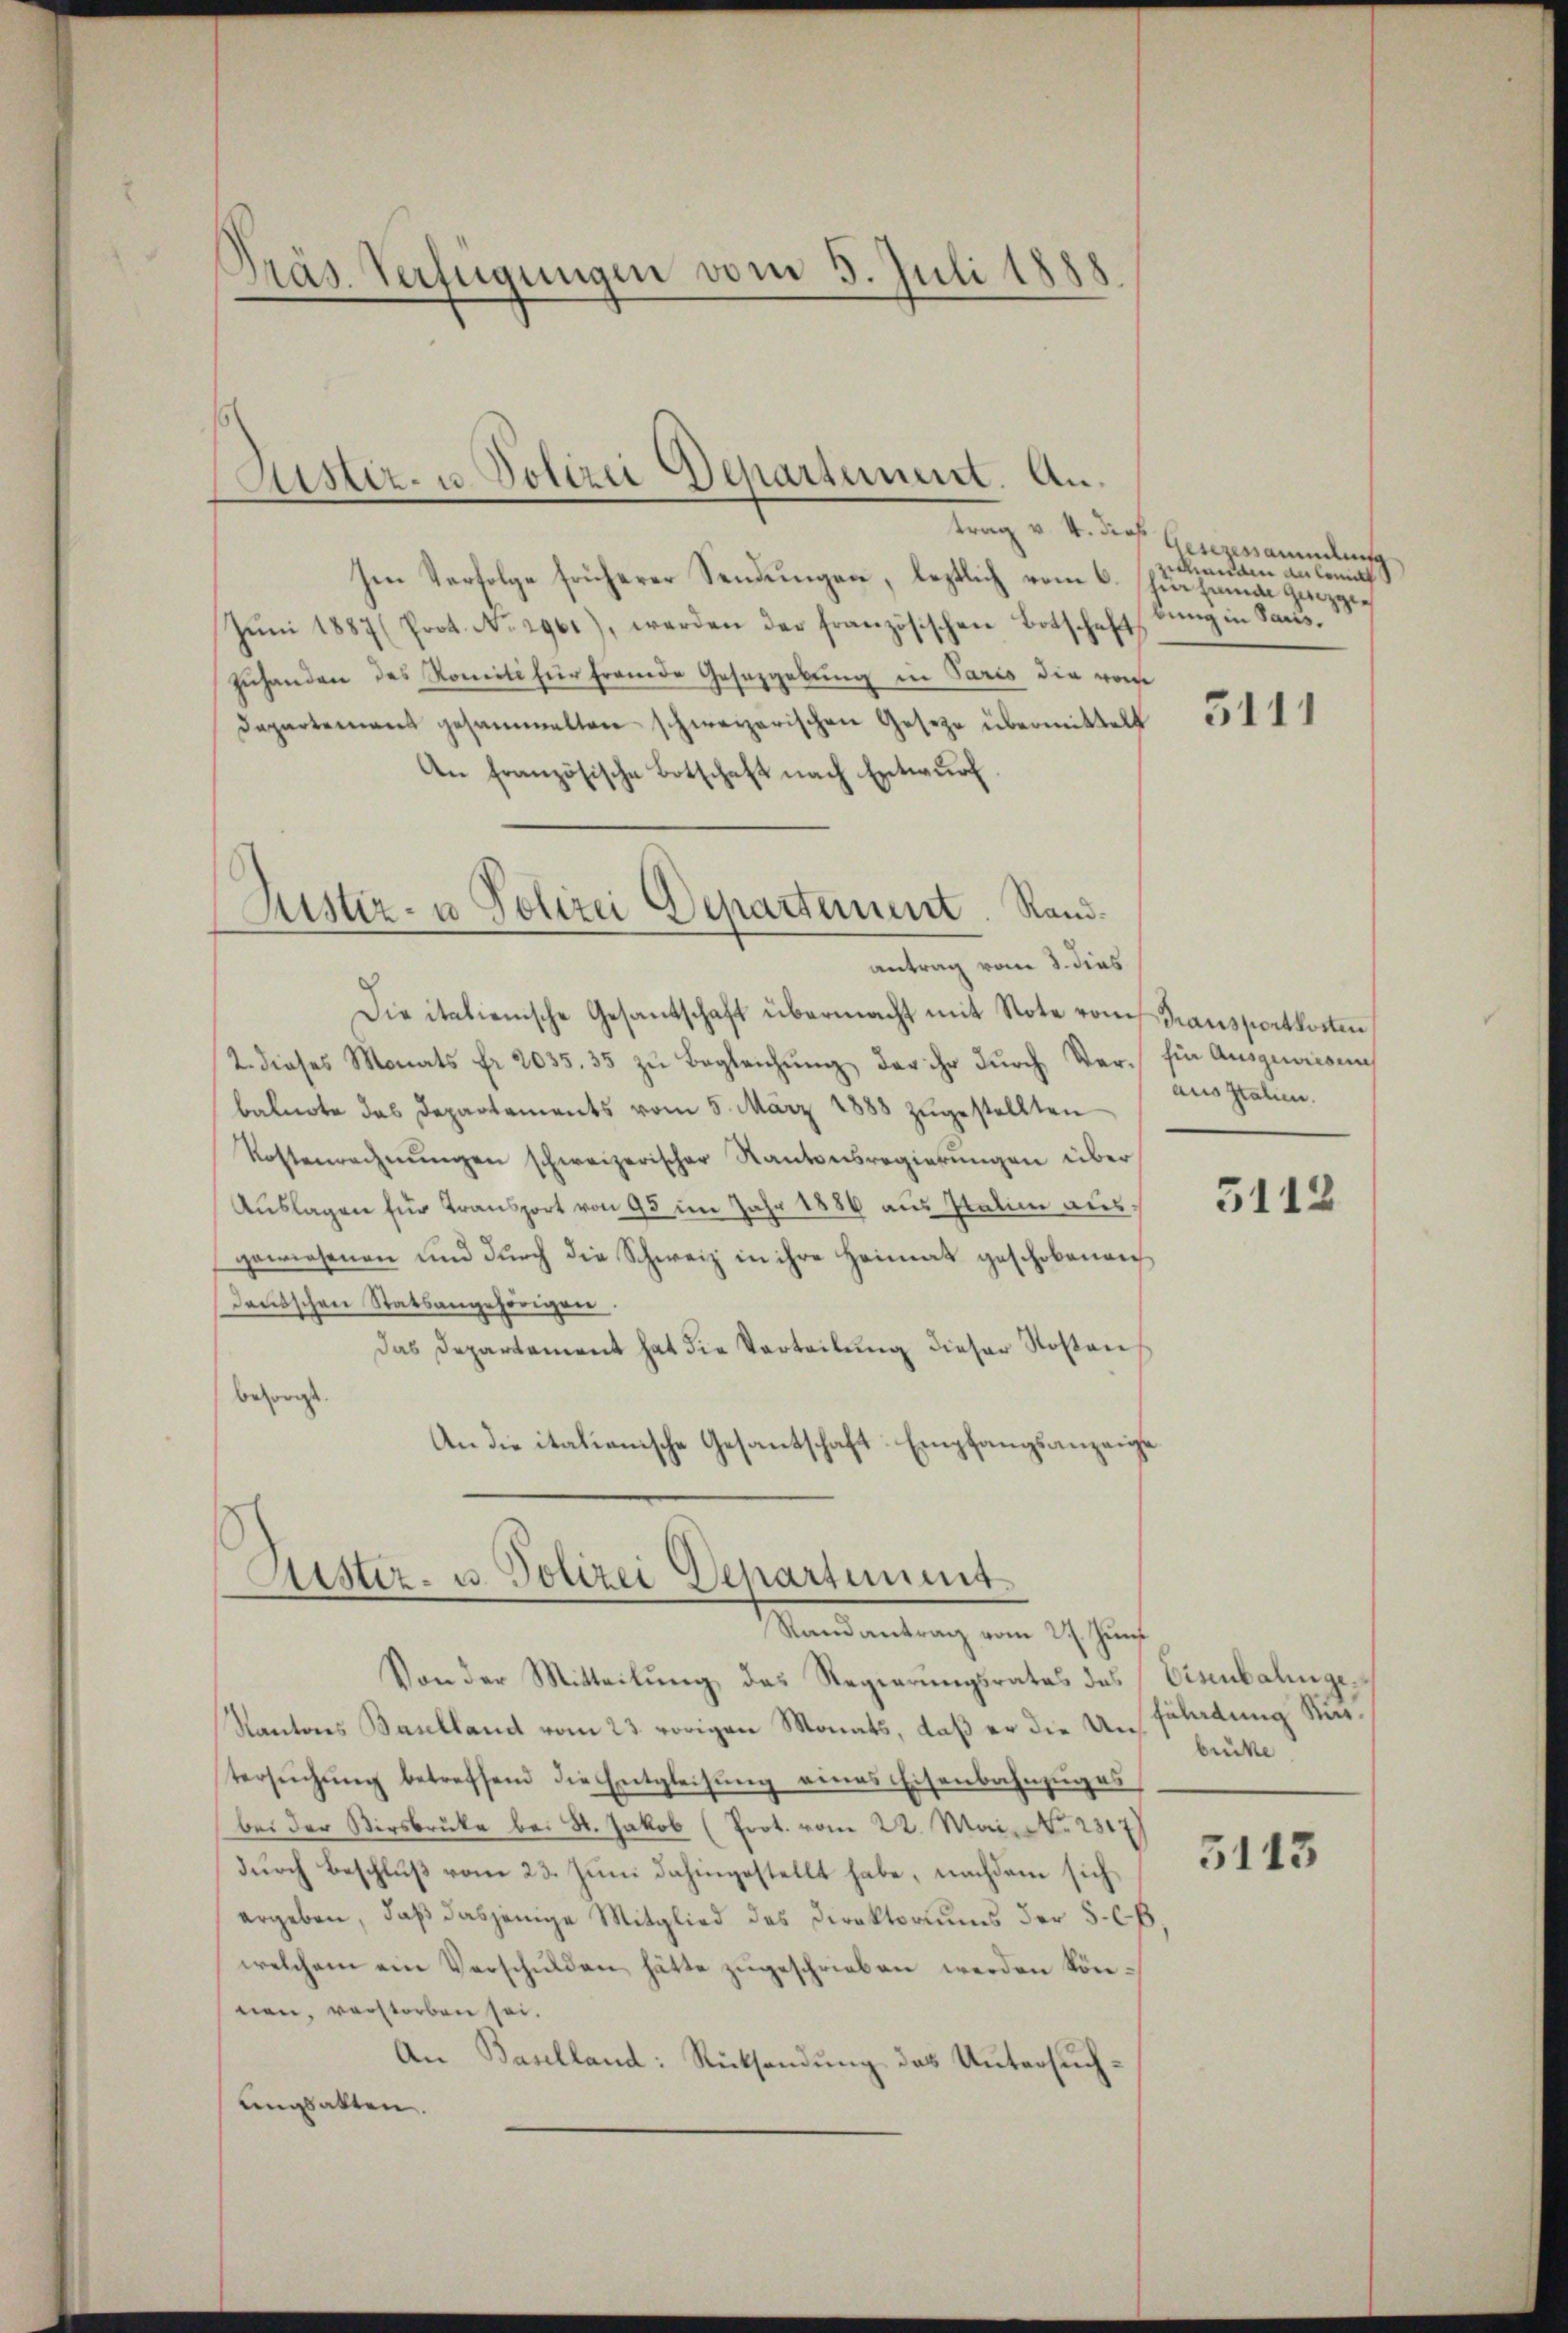
Präs. Verfügungen vom 5. Juli 188

Justiz- u. Polizei Departement. An¬

Justiz- u Polizei Departement. Randantrag vom 2. dies

trag v. 4. dieß
Im Verfolge früherer Sendungen, letztlich vom 6. hurhama Gizzie
Jŭni 1887 (Prot. No. 2961), werden der französischen Botschaft
Zuhanden des Romiti für fremde Gesetzgebung in Paris die vom
Dapartement gesammelten schweizerischen Gesetze übermittelt
An französische Botschaft nach Entwurf
Die italienische Gesantschaft übermacht mit Note vom Transportkosten
2. dieses Monats fr. 2035. 35 zŭ begleichŭng der ihr dŭrch Ver- Ein Aŭsguaisen
balnote das Departements vom 5. März 1888 zŭgestellten
Kostenrechnŭngen schweizerischer Kantonsregierŭngen über
Auslagen für Transport von 95 im Jahr 1886 aus Statim ausgewiesenen und durch die Schweiz in ihre Heimat geschobenen
deutschen Statsangehörigen
Das Departement hat die Verteilŭng dieser Rosen
besorgt.
An die itationische Gesantschaft-Empfangsanzeige

Aistiz- u. Polizei Departiment.
Randantrag vom 27. Juni

Von der Mitteilung das Regierungsrates des Eisenbalinge¬
Kantons Baselland vom 23. vorigen Monats, daß er die Untersŭchŭng betreffend die Entgleichŭng eines Eisenbahnzŭges
bei der Wirsbrücke bei St. Jakob (Prot. vom 22. Mai. No. 2317)
durch Beschluß vom 23. Juni dahingestellt habe, nachdem sich
ergeben, daß dasjenige Mitglied des Direktoriums der 5. Ch.
welchem ein Verschulden hätte zugeschrieben werden können, verstorben sei.
An Baselland: Rücksendung des Untersuchungsakten.

Gesezessammlung
zehenden an kannt
bung in Paris.

3111

aus Italien.

5112

fährdung Kirbücke

5113